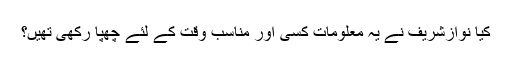
کیا نوازشریف نے یہ معلومات کسی اور مناسب وقت کے لئے چھپا رکھی تھیں؟